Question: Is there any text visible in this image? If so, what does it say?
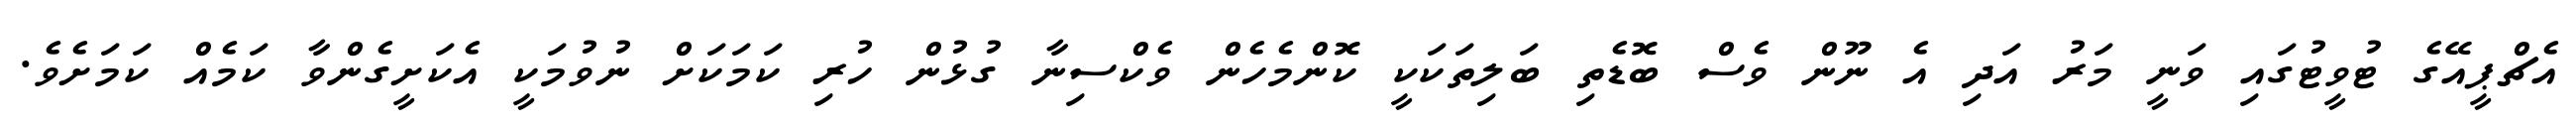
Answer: އެޗްޕީއޭގެ ޓުވީޓުގައި ވަނީ މަރު އަދި އެ ނޫން ވެސް ބޮޑެތި ބަލިތަކަކީ ކޮންމެހެން ވެކްސިނާ ގުޅުން ހުރި ކަމަކަށް ނުވުމަކީ އެކަށީގެންވާ ކަމެއް ކަމަށެވެ.